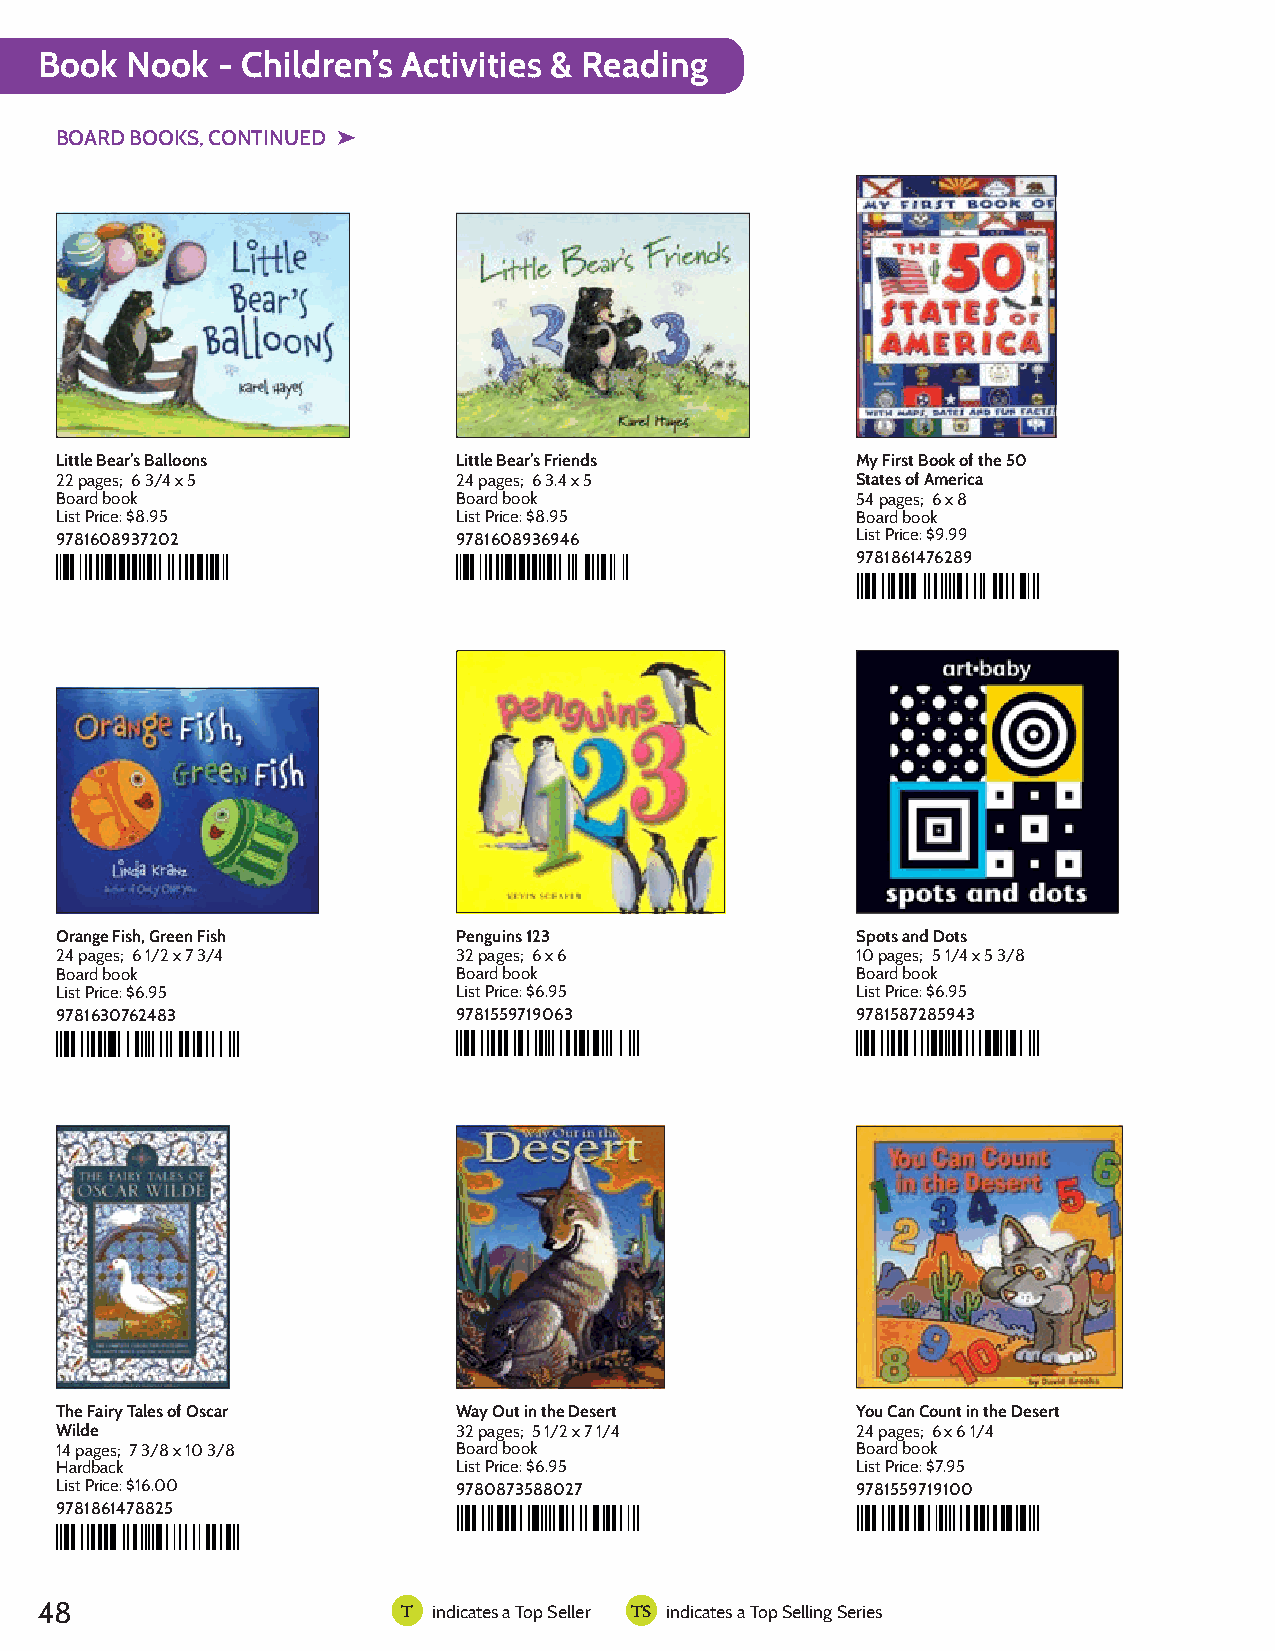
Book  Nook  - Children’s Activities & Reading
 BOARD BOOKS, CONTINUED ➤
 9781608937202              9781608936946             9781861476289
 Little Bear's Balloons     LittlMe By eFairrs'st FBroieonkd sof the 50 States of America: With Maps, Dates
 And  Fun  Facts!
 Little Bear’s Balloons    Little Bear’s Friends      My First Book of the 50
 22 pages; 6 3/4 x 5       24 pages; 6 3.4 x 5        States of America
 Board book                Board book                 54 pages; 6 x 8
 List Price: $8.95         List Price: $8.95          Board book
 9781608937202             9781608936946              List Price: $9.99
 9781861476289
 9781559719063             9781587285943
 9781630762483
 Penguins    123           Spots  and  Dots
 Orange Fish, Green Fish
 Orange Fish, Green Fish   Penguins 123               Spots and Dots
 24 pages; 6 1/2 x 7 3/4   32 pages; 6 x 6            10 pages; 5 1/4 x 5 3/8
 Board book                Board book                 Board book
 List Price: $6.95         List Price: $6.95          List Price: $6.95
 9781630762483             9781559719063              9781587285943
 9 781630 762483
 9780873588027             9781559719100
 9781861478825
 Way  Out  in the DeserYtou  Can  Count  in the Desert
 The Fairy Tales of Oscar Wilde: The Complete Collection
 Including The Happy Prince and The Selfish Giant
 The Fairy Tales of Oscar  Way Out in the Desert      You Can Count in the Desert
 Wilde                     32 pages; 5 1/2 x 7 1/4    24 pages; 6 x 6 1/4
 14 pages; 7 3/8 x 10 3/8  Board book                 Board book
 Hardback                  List Price: $6.95          List Price: $7.95
 List Price: $16.00        9780873588027              9781559719100
 9781861478825
 48                       T indicates a Top Seller TS indicates a Top Selling Series